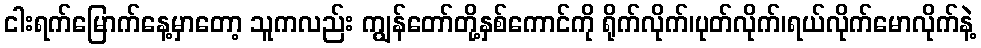
ငါးရက်မြောက်နေ့မှာတော့ သူကလည်း ကျွန်တော်တို့နှစ်ကောင်ကို ရိုက်လိုက်၊ပုတ်လိုက်၊ရယ်လိုက်မောလိုက်နဲ့